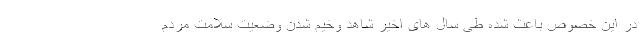
در این خصوص باعث شده طی سال های اخیر شاهد وخیم شدن وضعیت سلامت مردم